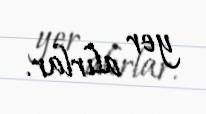
yer alırlar.